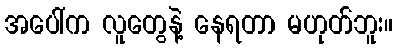
အပေါ်က လူတွေနဲ့ နေရတာ မဟုတ်ဘူး။